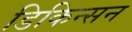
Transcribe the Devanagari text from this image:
डिकिन्‍सन